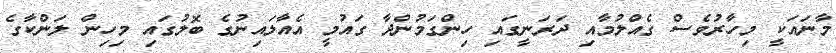
މާނައަކީ މިހާރުވެސް ގެއްލުމާއި ދަރަނީގައި ހިންގަމުންދާ ގައުމީ އެއާލައިނުގެ ބޮލުގައި މިހިން ލަންކާގެ